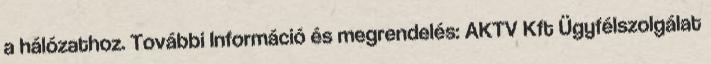
a hálózathoz. További Információ és megrendelés: AKTV Kft Ügyfélszolgálat